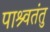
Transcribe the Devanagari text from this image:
पाश्र्वतंतु